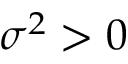
\sigma ^ { 2 } > 0